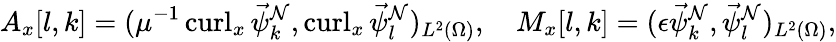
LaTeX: A_{x}[l,k]=(\mu^{-1}\operatorname{curl}_{x}\vec{\psi}_{k}^{\mathcal{N}},\operatorname{curl}_{x}\vec{\psi}_{l}^{\mathcal{N}})_{L^{2}(\Omega)},\quad M_{x}[l,k]=(\epsilon\vec{\psi}_{k}^{\mathcal{N}},\vec{\psi}_{l}^{\mathcal{N}})_{L^{2}(\Omega)},